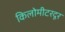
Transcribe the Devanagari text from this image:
किलोमीटरदूर